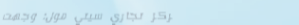
مركز تجاري سيتي مول: وجهت